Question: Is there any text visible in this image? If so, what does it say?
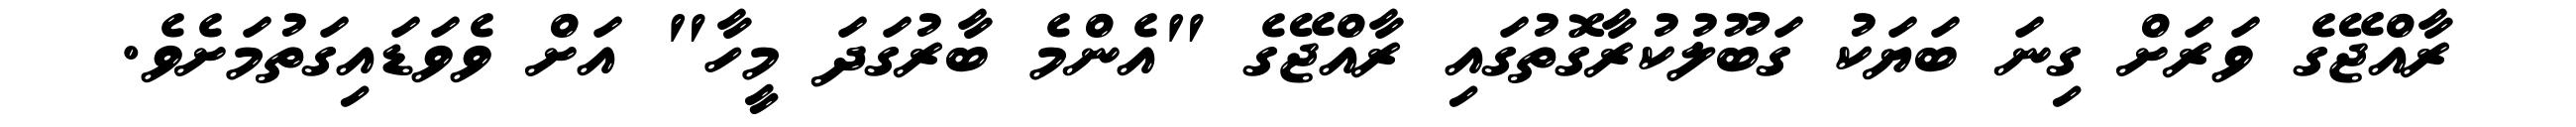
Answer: ރާއްޖޭގެ ވަރަށް ގިނަ ބަޔަކު ގަބޫލުކުރާގޮތުގައި ރާއްޖޭގެ "އެންމެ ބާރުގަދަ މީހާ" އަށް ވެވަޑައިގަތުމަށެވެ.